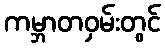
ကမ္ဘာတဝှမ်းတွင်